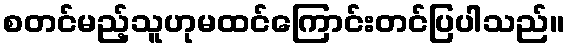
စတင်မည့်သူဟုမထင်ကြောင်းတင်ပြပါသည်။